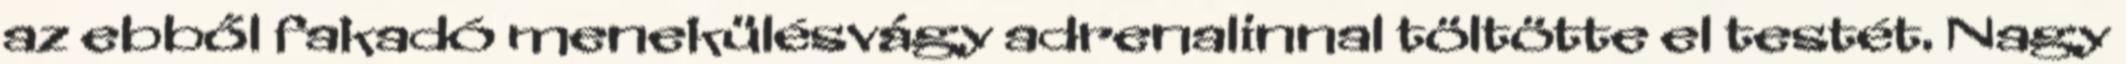
az ebből fakadó menekülésvágy adrenalinnal töltötte el testét. Nagy